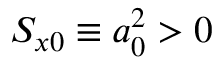
S _ { x 0 } \equiv a _ { 0 } ^ { 2 } > 0